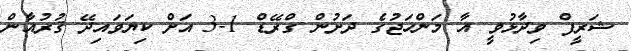
ޝަރީފް ވިދާޅުވީ އާ މަންހަޖުގެ ދަށުން ގްރޭޑް 1-3 އަށް ކިޔަވައިދޭ ޤުރުއާން